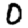
Digit: 0